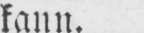
kann.